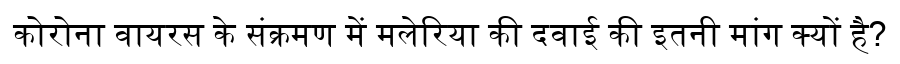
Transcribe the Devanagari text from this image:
कोरोना वायरस के संक्रमण में मलेरिया की दवाई की इतनी मांग क्यों है?